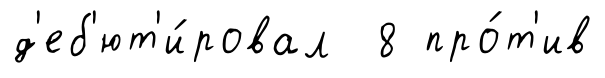
д'еб'ют'и́ровал 8 про́т'ив